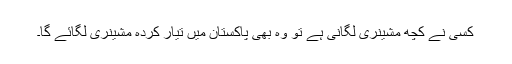
کسی نے کچھ مشینری لگانی ہے تو وہ بھی پاکستان میں تیار کردہ مشینری لگائے گا۔